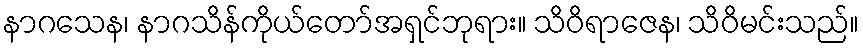
နာဂသေန၊ နာဂသိန်ကိုယ်တော်အရှင်ဘုရား။ သိဝိရာဇေန၊ သိဝိမင်းသည်။